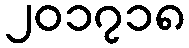
၂၀၁၇၁၈